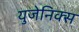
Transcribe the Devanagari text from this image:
युजेनिक्स